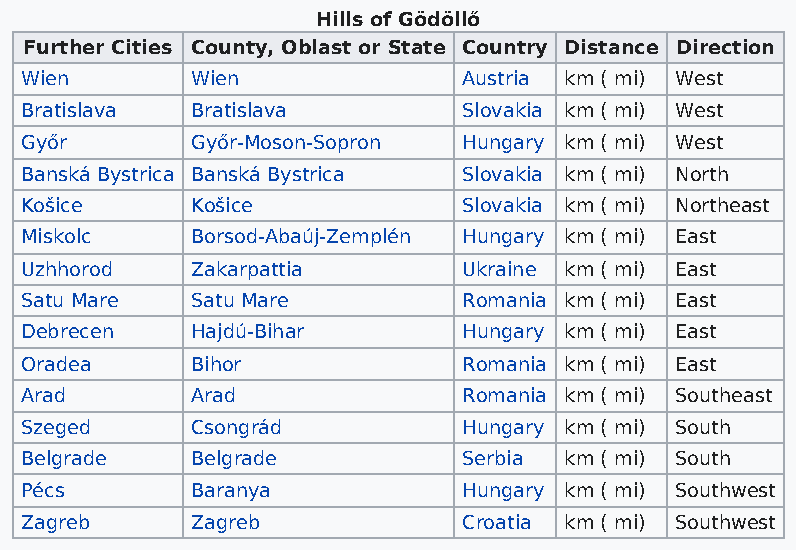
Hills of Gödöllő
 Further Cities County, Oblast or State Country Distance Direction
 Wien        Wien              Austria km ( mi) West
 Bratislava  Bratislava        Slovakia km ( mi) West
 Győr        Győr-Moson-Sopron Hungary km ( mi) West
 Banská Bystrica Banská Bystrica Slovakia km ( mi) North
 Košice      Košice            Slovakia km ( mi) Northeast
 Miskolc     Borsod-Abaúj-Zemplén Hungary km ( mi) East
 Uzhhorod    Zakarpattia       Ukraine km ( mi) East
 Satu Mare   Satu Mare         Romania km ( mi) East
 Debrecen    Hajdú-Bihar       Hungary km ( mi) East
 Oradea      Bihor             Romania km ( mi) East
 Arad        Arad              Romania km ( mi) Southeast
 Szeged      Csongrád          Hungary km ( mi) South
 Belgrade    Belgrade          Serbia km ( mi) South
 Pécs        Baranya           Hungary km ( mi) Southwest
 Zagreb      Zagreb            Croatia km ( mi) Southwest